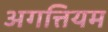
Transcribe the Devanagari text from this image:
अगत्तियम